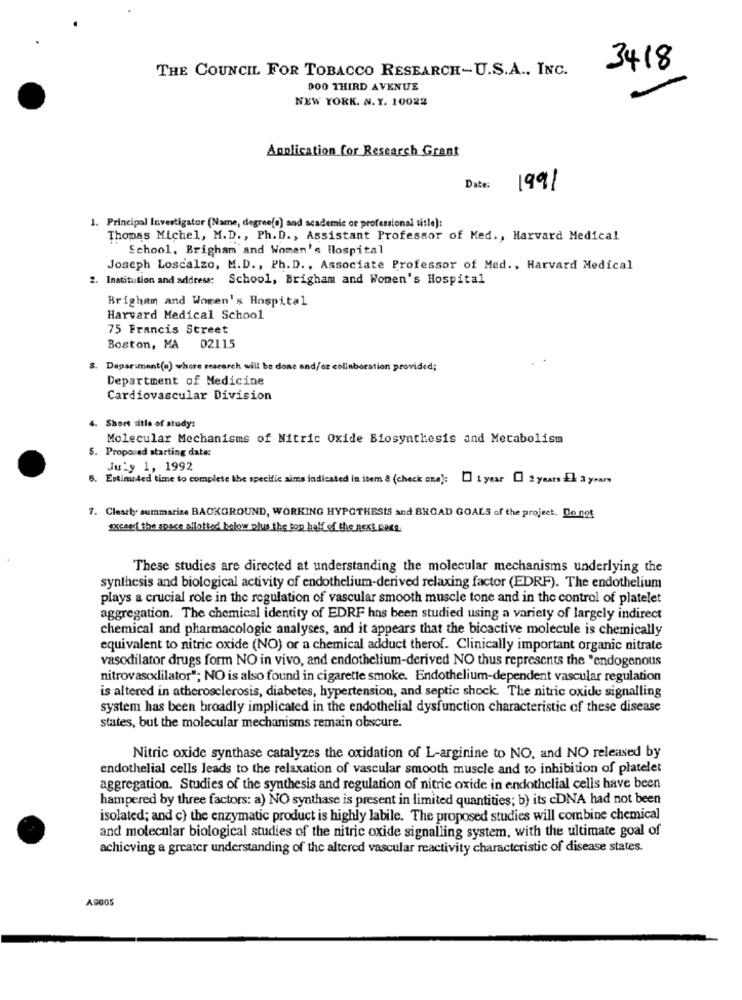
THE COUNCIL FOR TOBACCO RESEARCH-U.S.A ., INC.
3418
DOO THIRD AVENUE
NEW YORK. N.Y. 10022
Application for Research Grant
Date :
1991
1. Principal Investigator (Name, degree(o) and academic or professional title]:
Thomas Michel, M.D ., Ph. D ., Assistant Professor of Ked ., Harvard Medical
School, Brigham and Women's Hospital
Joseph Loscalzo, M.D ., Ph. D ., Associate Professor of Med ., Harvard Medical
2. Institution and address: School, Brigham and Women's Hospital
Brigham and Women's Hospital
Harvard Medical School
75 Francis Street
Boston, MA 02115
Department(o) where research will be done and/or collaboration provided;
Department of Medicine
Cardiovascular Division
4. Short sitle of study:
Molecular Mechanisms of Nitric Oxide Biosynthesis and Metabolism
5. Proponed starting date:
July 1, 1992
6. Estimated time to complete the specific sims indicated in item 8 (check one): 1 year 1 2 years El 3 years
7. Clearly summarize BACKGROUND, WORKING HYPOTHESIS and BROAD GOALS of the project. Do not
exceed the space allotted below plus the top half of the next page.
These studies are directed at understanding the molecular mechanisms underlying the
synthesis and biological activity of endothelium-derived relaxing factor (EDRF). The endothelium
plays a crucial role in the regulation of vascular smooth muscle tone and in the control of platelet
aggregation. The chemical identity of EDRF has been studied using a variety of largely indirect
chemical and pharmacologic analyses, and it appears that the bicactive molecule is chemically
equivalent to nitric oxide (NO) or a chemical adduct therof. Clinically important organic nitrate
vasodilator drugs form NO in vivo, and endothelium-derived NO thus represents the "endogenous
nitrovasodilator"; NO is also found in cigarette smoke. Endothelium-dependent vascular regulation
is altered in atherosclerosis, diabetes, hypertension, and septic shock. The nitric oxide signalling
system has been broadly implicated in the endothelial dysfunction characteristic of these disease
states, but the molecular mechanisms remain obscure.
Nitric oxide synthase catalyzes the oxidation of L-arginine to NO, and NO released by
endothelial cells leads to the relaxation of vascular smooth muscle and to inhibition of platelet
aggregation. Studies of the synthesis and regulation of nitric oxide in endothelial cells have been
hampered by three factors: a) NO synthase is present in limited quantities; b) its cDNA had not been
isolated; and c) the enzymatic product is highly labile. The proposed studies will combine chemical
and molecular biological studies of the nitric oxide signalling system, with the ultimate goal of
achieving a greater understanding of the altered vascular reactivity characteristic of disease states.
A9005